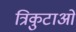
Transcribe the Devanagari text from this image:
त्रिकुटाओं